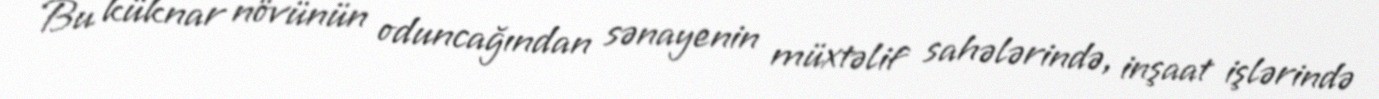
Bu küknar növünün oduncağından sənayenin müxtəlif sahələrində, inşaat işlərində